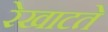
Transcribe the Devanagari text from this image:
रेखाटते